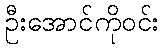
ဦးအောင်ကိုဝင်း